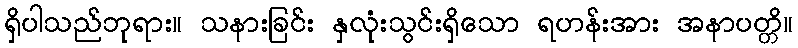
ရှိပါသည်ဘုရား။ သနားခြင်း နှလုံးသွင်းရှိသော ရဟန်းအား အနာပတ္တိ။